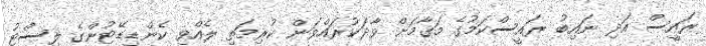
ރައީސް އަދި ނައިބު ރައީސްކަމުގެ މަޤާމަށް ވާދަކުރައްވަން ކުރިމަތި ލެއްވި ކެންޑިޑޭޓުންގެ ލިސްޓު